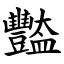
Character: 豓